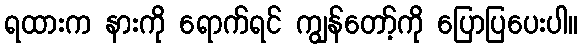
ရထားက နားကို ရောက်ရင် ကျွန်တော့်ကို ပြောပြပေးပါ။